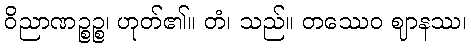
ဝိညာဏဉ္စဉ္စ၊ ဟုတ်၏။ တံ၊ သည်။ တဿေဝ ဈာနဿ၊